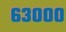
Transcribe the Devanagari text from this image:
६३०००